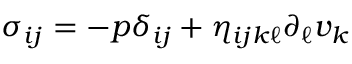
\sigma _ { i j } = - p \delta _ { i j } + \eta _ { i j k \ell } \partial _ { \ell } v _ { k }